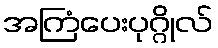
အကြံပေးပုဂ္ဂိုလ်